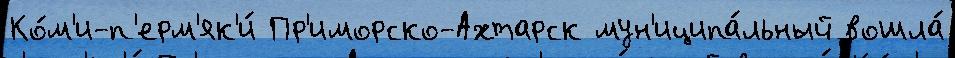
Ко́м'и-п'ерм'як'и́ Пр'иморско-Ахтарск мун'иципа́льный вошла́